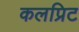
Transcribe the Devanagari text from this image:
कलप्रिट